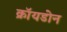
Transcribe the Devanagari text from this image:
क्रॉयडोन